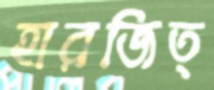
হারজিত্